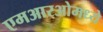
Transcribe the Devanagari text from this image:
एमआरओमध्ये